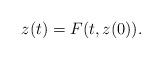
LaTeX: \begin{align*}z(t)=F(t,z(0)).\end{align*}